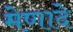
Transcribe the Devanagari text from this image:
मेणादे